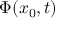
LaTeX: \Phi ( x _ { 0 } , t )